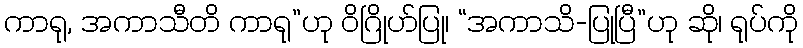
ကာရု, အကာသီတိ ကာရု”ဟု ဝိဂြိုဟ်ပြု၊ “အကာသိ-ပြုပြီ”ဟု ဆို၊ ရုပ်ကို